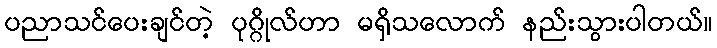
ပညာသင်ပေးချင်တဲ့ ပုဂ္ဂိုလ်ဟာ မရှိသလောက် နည်းသွားပါတယ်။